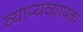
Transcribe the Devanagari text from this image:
व्याप्यव्यापक